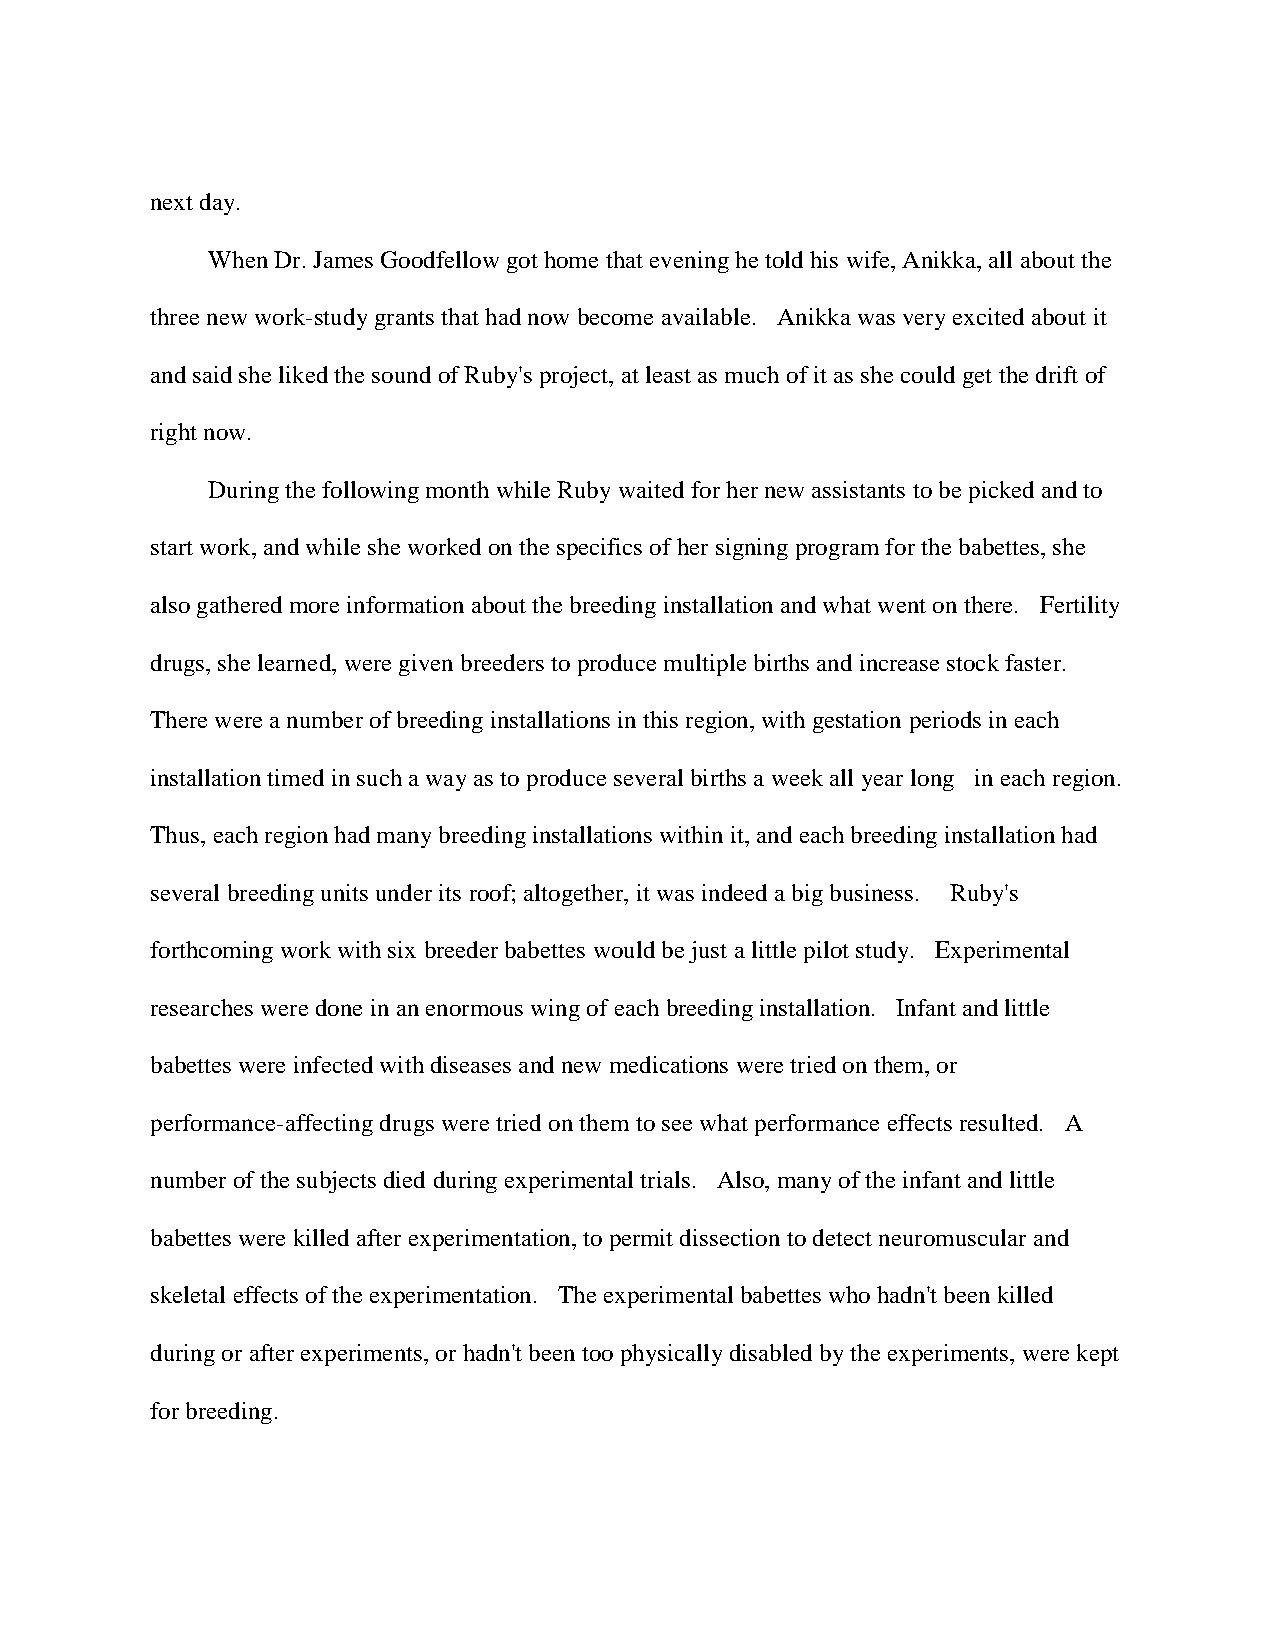
next day.
 When Dr. James Goodfellow got home that evening he told his wife, Anikka, all about the
 three new work-study grants that had now become available. Anikka was very excited about it
 and said she liked the sound of Ruby's project, at least as much of it as she could get the drift of
 right now.
 During the following month while Ruby waited for her new assistants to be picked and to
 start work, and while she worked on the specifics of her signing program for the babettes, she
 also gathered more information about the breeding installation and what went on there. Fertility
 drugs, she learned, were given breeders to produce multiple births and increase stock faster.
 There were a number of breeding installations in this region, with gestation periods in each
 installation timed in such a way as to produce several births a week all year long in each region.
 Thus, each region had many breeding installations within it, and each breeding installation had
 several breeding units under its roof; altogether, it was indeed a big business. Ruby's
 forthcoming work with six breeder babettes would be just a little pilot study. Experimental
 researches were done in an enormous wing of each breeding installation. Infant and little
 babettes were infected with diseases and new medications were tried on them, or
 performance-affecting drugs were tried on them to see what performance effects resulted. A
 number of the subjects died during experimental trials. Also, many of the infant and little
 babettes were killed after experimentation, to permit dissection to detect neuromuscular and
 skeletal effects of the experimentation. The experimental babettes who hadn't been killed
 during or after experiments, or hadn't been too physically disabled by the experiments, were kept
 for breeding.